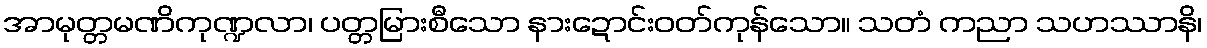
အာမုတ္တမဏိကုဏ္ဍလာ၊ ပတ္တမြားစီသော နားဍောင်းဝတ်ကုန်သော။ သတံ ကညာ သဟဿာနိ၊